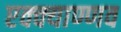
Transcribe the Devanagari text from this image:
एक्क्याण्णव